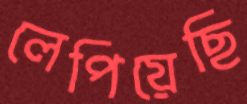
লেপিয়েছি